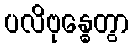
ပလိဗုန္ဓေတွာ